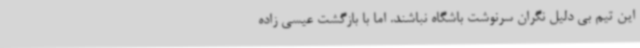
این تیم بی دلیل نگران سرنوشت باشگاه نباشند. اما با بازگشت عیسی زاده